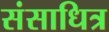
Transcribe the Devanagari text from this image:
संसाधित्र